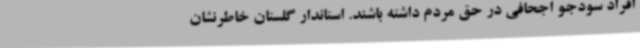
افراد سودجو اجحافی در حق مردم داشته باشند. استاندار گلستان خاطرنشان